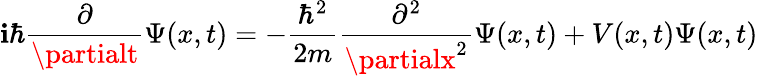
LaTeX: \mathbf{i}\hbar{\frac{{\partial}}{{\partialt}}}\Psi(x,t)=-{\frac{{\hbar^{2}}}{{2m}}}{\frac{{\partial^{2}}}{{\partialx^{2}}}}\Psi(x,t)+V(x,t)\Psi(x,t)